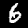
Label: 6